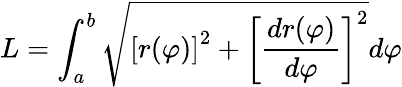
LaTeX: L=\int_{a}^{b}{\sqrt{\left[r(\varphi)\right]^{2}+\left[{\frac{dr(\varphi)}{d\varphi}}\right]^{2}}}d\varphi